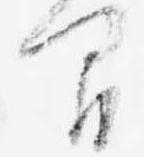
間